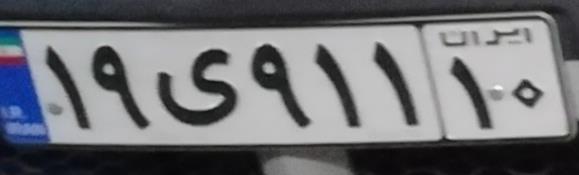
۱۹ی۹۱۱۱۰